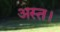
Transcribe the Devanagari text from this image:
अस्त।